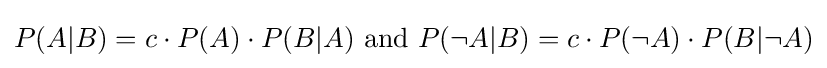
P(A|B)=c\cdot P(A)\cdot P(B|A){\text{ and }}P(\neg A|B)=c\cdot P(\neg A)\cdot P(B|\neg A)